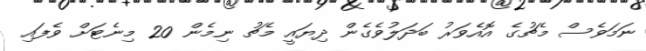
ނަމަވެސް މެޗުގެ އޮއެވަރު ބަދަލުވެގެން ދިޔައީ މެޗު ނިމެން 20 މިނެޓަށް ވެފައި